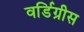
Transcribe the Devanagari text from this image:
वर्डिग्रीस